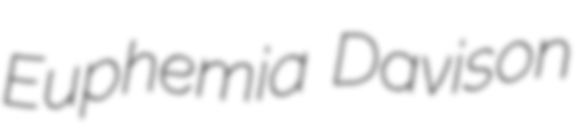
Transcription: Euphemia Davison